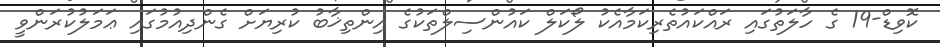
ކޮވިޑް-19 ގެ ހާލަތުގައި ރައްކައުތެރިކަމާއެކު ލޯކަލް ކައުންސިލްތަކުގެ އިންތިޚާބު ކުރިޔަށް ގެންދިއުމުގައި ޢަމަލުކުރަންވީ